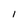
Character: 1